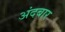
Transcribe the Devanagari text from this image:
अंदबार